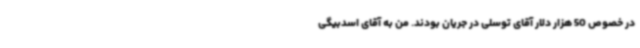
در خصوص 50 هزار دلار آقای توسلی در جریان بودند. من به آقای اسدبیگی